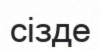
сізде